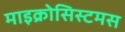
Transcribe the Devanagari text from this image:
माइक्रोसिस्टमस